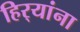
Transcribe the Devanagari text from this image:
हिर्‍यांना